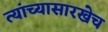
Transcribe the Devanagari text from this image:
त्यांच्यासारखेच